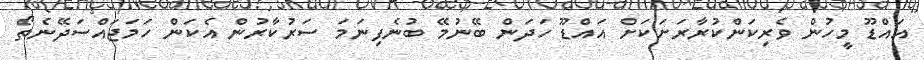
އައްޑޫ މީހުން ވެރިކަންކުރާރަށަކަށް އައްޑޫ ހަދަން ބޭނުމޭ ބުނެފިނަމަ ސަރުކާރުން އެކަން ހަމަޖައްސަދޭނެތޯ